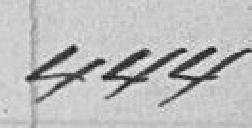
444